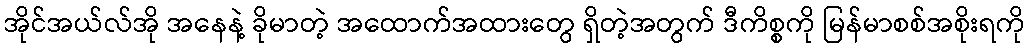
အိုင်အယ်လ်အို အနေနဲ့ ခိုမာတဲ့ အထောက်အထားတွေ ရှိတဲ့အတွက် ဒီကိစ္စကို မြန်မာစစ်အစိုးရကို